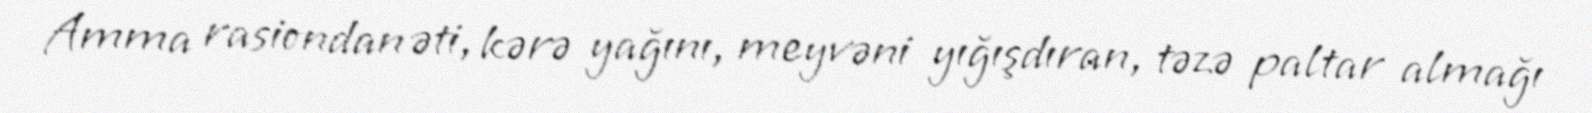
Amma rasiondan əti, kərə yağını, meyvəni yığışdıran, təzə paltar almağı